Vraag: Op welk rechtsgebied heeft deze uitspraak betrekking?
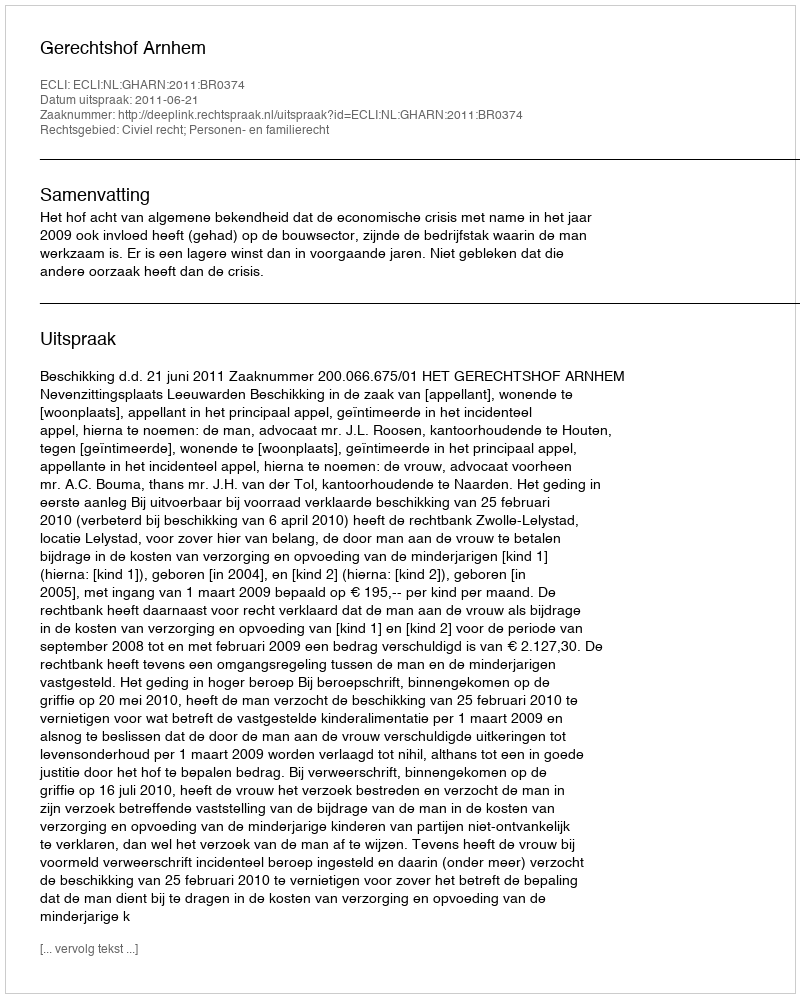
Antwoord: Civiel recht; Personen- en familierecht